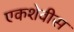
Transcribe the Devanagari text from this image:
एकशेवीस